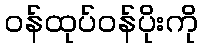
ဝန်ထုပ်ဝန်ပိုးကို